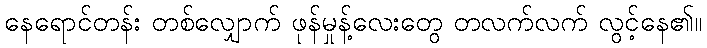
နေရောင်တန်း တစ်လျှောက် ဖုန်မှုန့်လေးတွေ တလက်လက် လွင့်နေ၏။